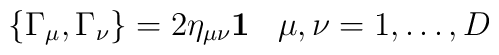
\{ \Gamma_{\mu}, \Gamma_{\nu} \} = 2 \eta_{\mu \nu} {\bf 1}\;\;\; \mu, \nu = 1,\ldots,D